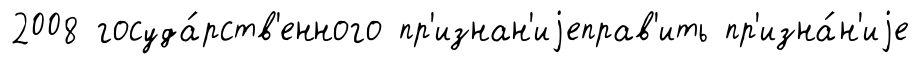
2008 госуда́рств'енного пр'изнан'иjеправ'ить пр'изна́н'иjе